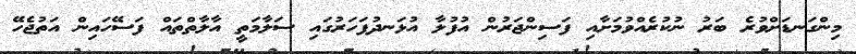
މިންގަނޑަށްވުރެ ބަރު ނުކުރެއްވުމަށާއި ފަސިންޖަރުން އުފުލާ އުޅަނދުފަހަރުގައި ސަލާމަތީ އާލާތްތައް ފަސޭހައިން އަތުޖެހޭ